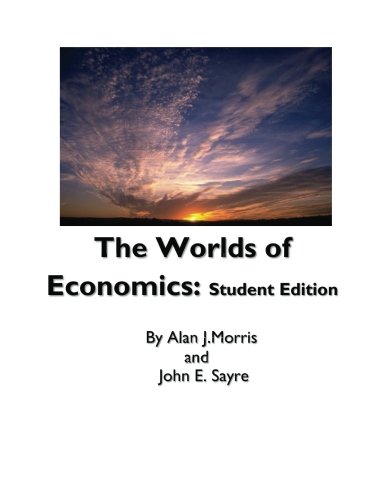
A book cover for The Worlds of Economics: Student Edition; Mr Alan J Morris; Business & Money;